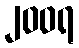
၂၀၀ရ